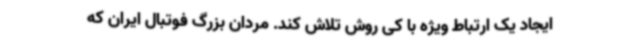
ایجاد یک ارتباط ویژه با کی روش تلاش کند. مردان بزرگ فوتبال ایران که